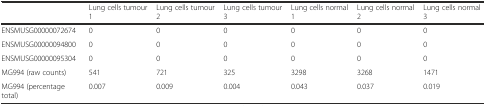
<table><thead><tr><td></td><td><b>Lung cells tumour 1</b></td><td><b>Lung cells tumour 2</b></td><td><b>Lung cells tumour 3</b></td><td><b>Lung cells normal 1</b></td><td><b>Lung cells normal 2</b></td><td><b>Lung cells normal 3</b></td></tr></thead><tbody><tr><td>ENSMUSG00000072674</td><td>0</td><td>0</td><td>0</td><td>0</td><td>0</td><td>0</td></tr><tr><td>ENSMUSG00000094800</td><td>0</td><td>0</td><td>0</td><td>0</td><td>0</td><td>0</td></tr><tr><td>ENSMUSG00000095304</td><td>0</td><td>0</td><td>0</td><td>0</td><td>0</td><td>0</td></tr><tr><td>MG994 (raw counts)</td><td>541</td><td>721</td><td>325</td><td>3298</td><td>3268</td><td>1471</td></tr><tr><td>MG994 (percentage total)</td><td>0.007</td><td>0.009</td><td>0.004</td><td>0.043</td><td>0.037</td><td>0.019</td></tr></tbody></table>